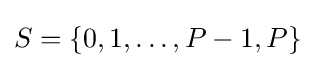
S=\{0,1,\ldots ,P-1,P\}